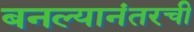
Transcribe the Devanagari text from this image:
बनल्यानंतरची